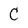
Character: C